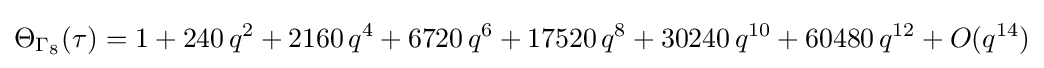
\Theta _{\Gamma _{8}}(\tau )=1+240\,q^{2}+2160\,q^{4}+6720\,q^{6}+17520\,q^{8}+30240\,q^{10}+60480\,q^{12}+O(q^{14})